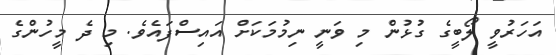
އަހަރުވީ ލޯބީގެ ގުޅުން މި ވަނީ ނިމުމަކަށް އައިސްފައެވެ. މި ދެ މީހުންގެ